Civil Veterinary Dept. Assam report 1927-50 - 1927-1950
Year: 1927
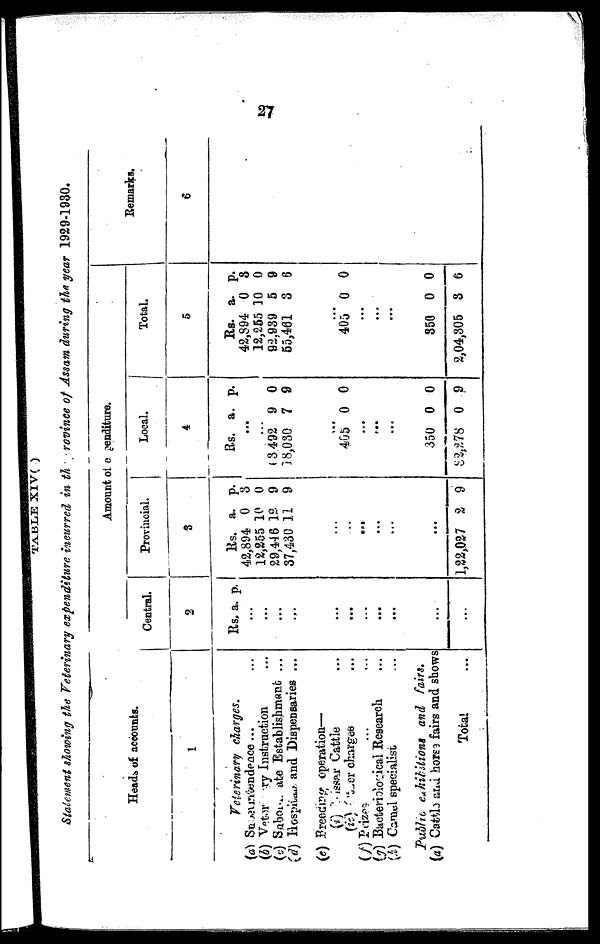
27
TABLE XIV( )
Statement showing the Veterinary expenditure incurred in the province of Assam during the year 1929-1930.
Heads of accounts.
1
Veterinary charges.
(a) Supersedence ... ...
(b) Veterinary Instruction ...
(c) Sabordinate Establishment ...
(d) Hospitals and Dispensaries ...
(e) Breeding operation—
(i) Hissar Cattle ...
(ii) Other charges ...
(f) Prizes ... ...
(g) Bacteriological Research ...
(h) Camel specialist ...
Public exhibitions and fairs.
(a) Cattle and horse fairs and shows
Total ...
Amount of enditure.
Central.
2
Rs. a. p.
...
...
...
...
...
...
...
...
...
...
...
Provincial.
3
Rs. a. p.
42,894 0 3
12,255 10 0
29,446 12 9
37,430 11 9
...
..
...
...
...
...
1,22,027 2 9
Local.
4
Rs. a. p.
...
...
63 492 9 0
18,030 7 9
...
405 0 0
...
...
...
350 0 0
82,278 0 9
Total.
5
Rs. a. p.
42,894 0 8
12,265 10 0
92,939 5 9
65,461 8 6
...
405 0 0
...
...
...
350 0 0
2,04,305 8 6
Remarks.
6